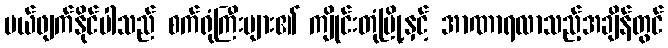
ပယ်ဖျက်နိုင်ပါသည် စက်ရုံကြီးများ၏ ကျိုင်းတုံမြို့နှင့် အာဏာရလာသည့်အချိန်တွင်